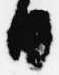
日